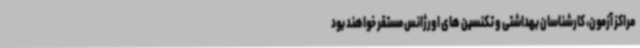
مراکز آزمون، کارشناسان بهداشتی و تکنسین های اورژانس مستقر خواهند بود